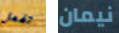
تفعل نيمان